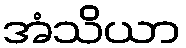
အံသိယာ